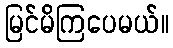
မြင်မိကြပေမယ်။